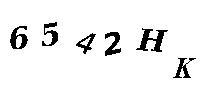
6542HK